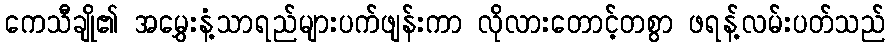
ကေသီချို၏ အမွှေးနံ့သာရည်များပက်ဖျန်းကာ လိုလားတောင့်တစွာ ဖရန့်လမ်းပတ်သည်